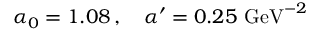
\alpha _ { 0 } = 1 . 0 8 \, , \quad \alpha ^ { \prime } = 0 . 2 5 ~ \mathrm { G e V } ^ { - 2 } \,